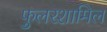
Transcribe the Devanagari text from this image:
फुलरशामिल